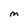
Character: M